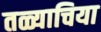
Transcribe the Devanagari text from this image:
तळ्याचिया